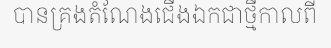
បានគ្រងតំណែងជើងឯកជាថ្មីកាលពី